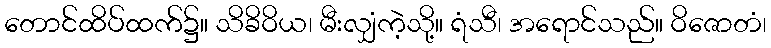
တောင်ထိပ်ထက်၌။ သိခိဝိယ၊ မီးလျှံကဲ့သို့။ ရံသီ၊ အရောင်သည်။ ဝိဇောတံ၊